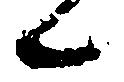
候